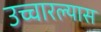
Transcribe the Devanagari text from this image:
उच्चारल्यास